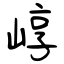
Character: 崞